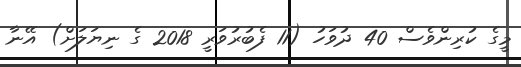
މީގެ ކުރިންވެސް 40 ދުވަހު (11 ފެބުރުވަރީ 2018 ގެ ނިޔަލަށް) އޭނާ